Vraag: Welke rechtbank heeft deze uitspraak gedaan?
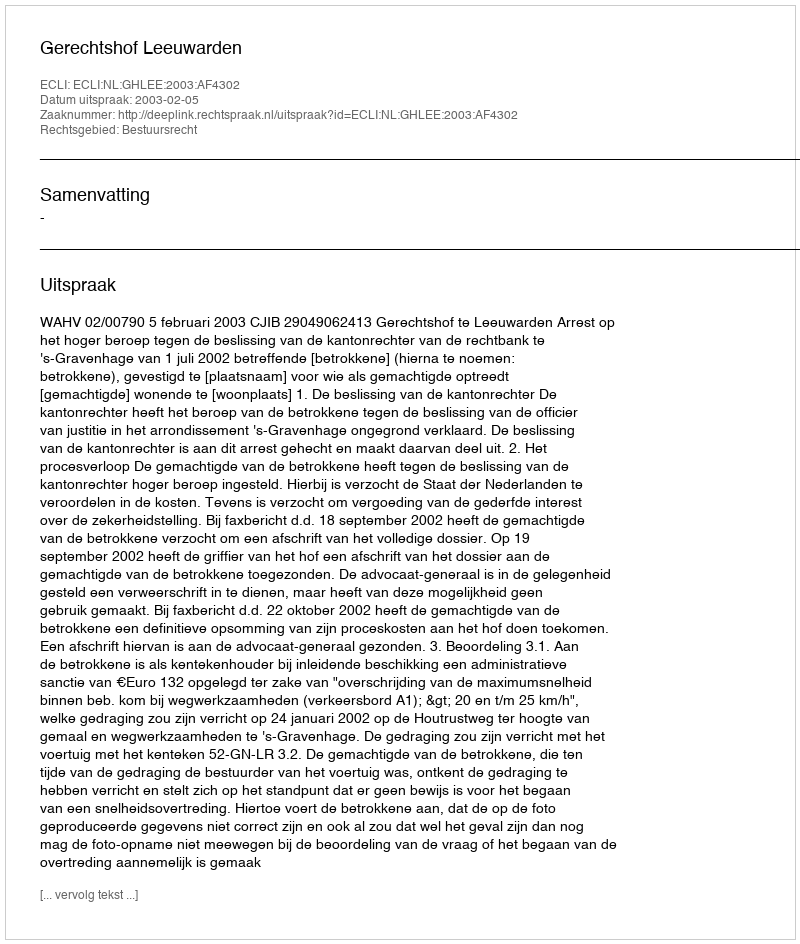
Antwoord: Gerechtshof Leeuwarden